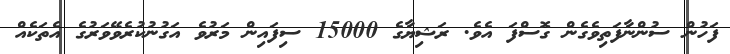
ފަހުން ސުންނާފަތިވެގެން ގޮސްފަ އެވެ. ރަޝިޔާގެ 15000 ސިފައިން މަރުވެ އަގުނުކުރެވޭވަރުގެ އެތަކެއް